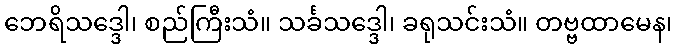
ဘေရိသဒ္ဒေါ၊ စည်ကြီးသံ။ သင်္ခသဒ္ဒေါ၊ ခရုသင်းသံ။ တဗ္ဗထာမေန၊